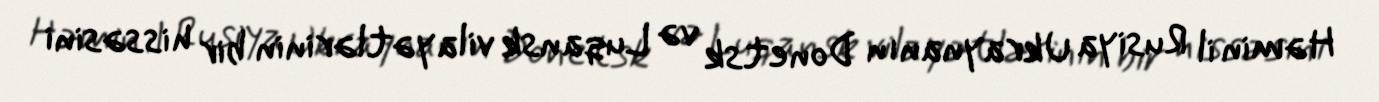
Həmin il Rusiya Ukraynanın Donetsk və Luqansk vilayətlərinin bir hissəsini